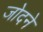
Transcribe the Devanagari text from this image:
जोदने